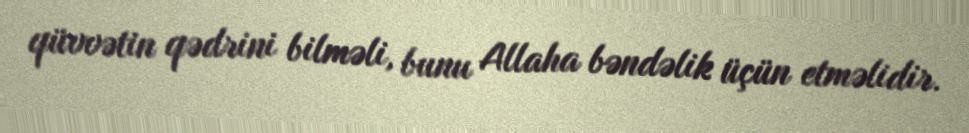
qüvvətin qədrini bilməli, bunu Allaha bəndəlik üçün etməlidir.